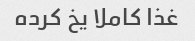
غذا کاملا یخ کرده